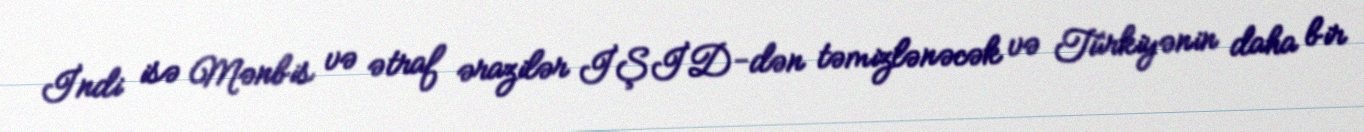
İndi isə Mənbis və ətraf ərazilər İŞİD-dən təmizlənəcək və Türkiyənin daha bir